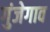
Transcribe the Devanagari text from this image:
गुंजेगाव